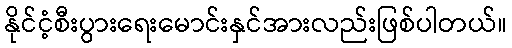
နိုင်ငံ့စီးပွားရေးမောင်းနှင်အားလည်းဖြစ်ပါတယ်။